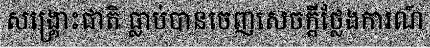
សង្គ្រោះជាតិ ធ្លាប់បានចេញសេចក្តីថ្លែងការណ៍